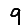
Digit: 9